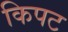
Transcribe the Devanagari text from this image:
किपट